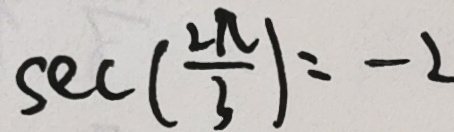
s e c ( \frac { 2 \pi } { 3 } ) = - 2